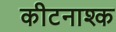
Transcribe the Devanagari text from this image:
कीटनाश्क